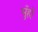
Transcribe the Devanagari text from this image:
मुँहों